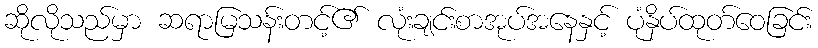
ဆိုလိုသည်မှာ ဆရာမြသန်းတင့်၏ လုံးချင်းစာအုပ်အနေနှင့် ပုံနှိပ်ထုတ်ဝေခြင်း